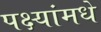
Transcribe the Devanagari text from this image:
पक्ष्यांमधे